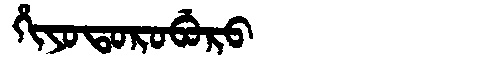
Manchu: ᡥᡳᠶᠣᡨᠣᡵᠣᠪᡠᡵᠣ
Romanization: HIYOTOROBURO